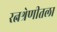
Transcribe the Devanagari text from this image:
रत्नश्रेणीतला